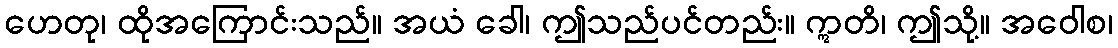
ဟေတု၊ ထိုအကြောင်းသည်။ အယံ ခေါ၊ ဤသည်ပင်တည်း။ ဣတိ၊ ဤသို့။ အဝေါစ၊